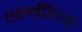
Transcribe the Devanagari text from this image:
एकवीरेच्या